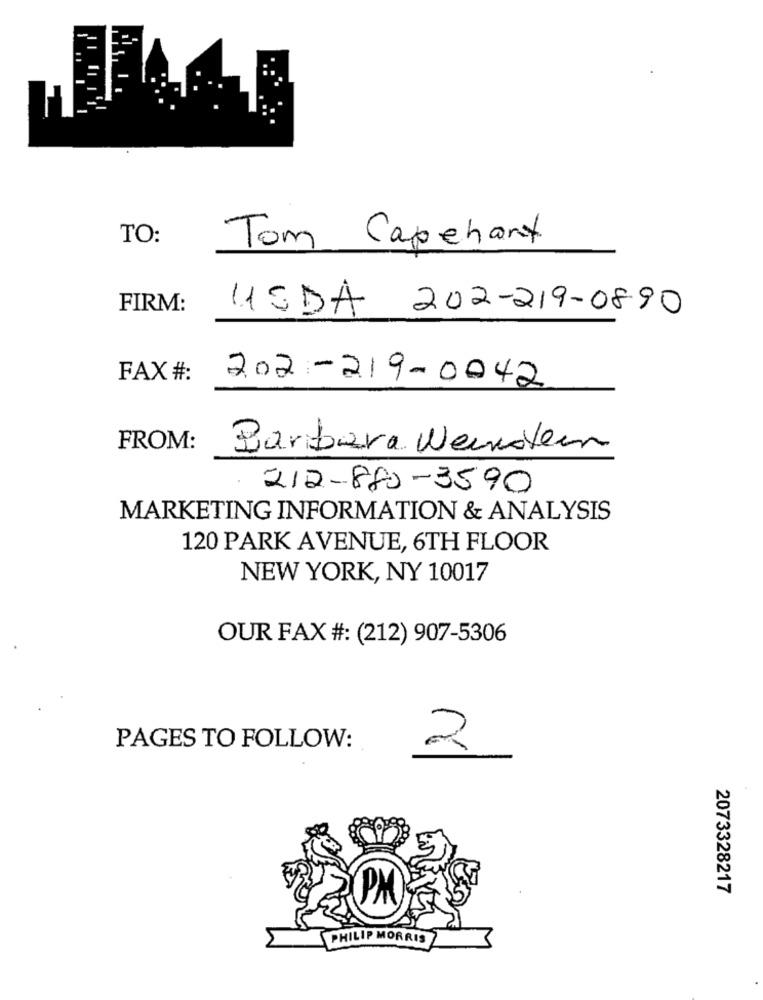
TO:
Tom Capehart
FIRM:
USDA 202-219-0890
FAX #:
202-219- 0042
FROM:
Barbara Weinstein
212-880-3590
MARKETING INFORMATION & ANALYSIS
120 PARK AVENUE, 6TH FLOOR
NEW YORK, NY 10017
OUR FAX #: (212) 907-5306
PAGES TO FOLLOW:
2
2073328217
PM
PHILIP MORRIS